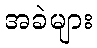
အခဲများ